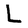
Character: L